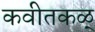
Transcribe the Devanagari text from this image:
कवीतकळ्